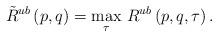
LaTeX: \begin{align*}\tilde{R}^{ub} \left(p,q\right)=\underset{\tau}{\max} ~ R^{ub}\left(p, q,\tau\right).\end{align*}